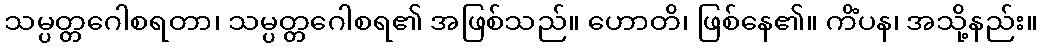
သမ္ပတ္တဂေါစရတာ၊ သမ္ပတ္တဂေါစရ၏ အဖြစ်သည်။ ဟောတိ၊ ဖြစ်နေ၏။ ကိံပန၊ အသို့နည်း။